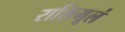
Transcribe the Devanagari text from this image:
राशिमूलं